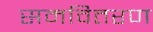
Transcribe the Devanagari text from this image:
समवितरण